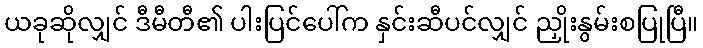
ယခုဆိုလျှင် ဒီမီတီ၏ ပါးပြင်ပေါ်က နှင်းဆီပင်လျှင် ညှိုးနွမ်းစပြုပြီ။